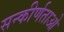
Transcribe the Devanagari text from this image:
सन्कीर्णताओ